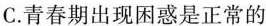
C.青春期出现困惑是正常的